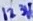
Text: 123V